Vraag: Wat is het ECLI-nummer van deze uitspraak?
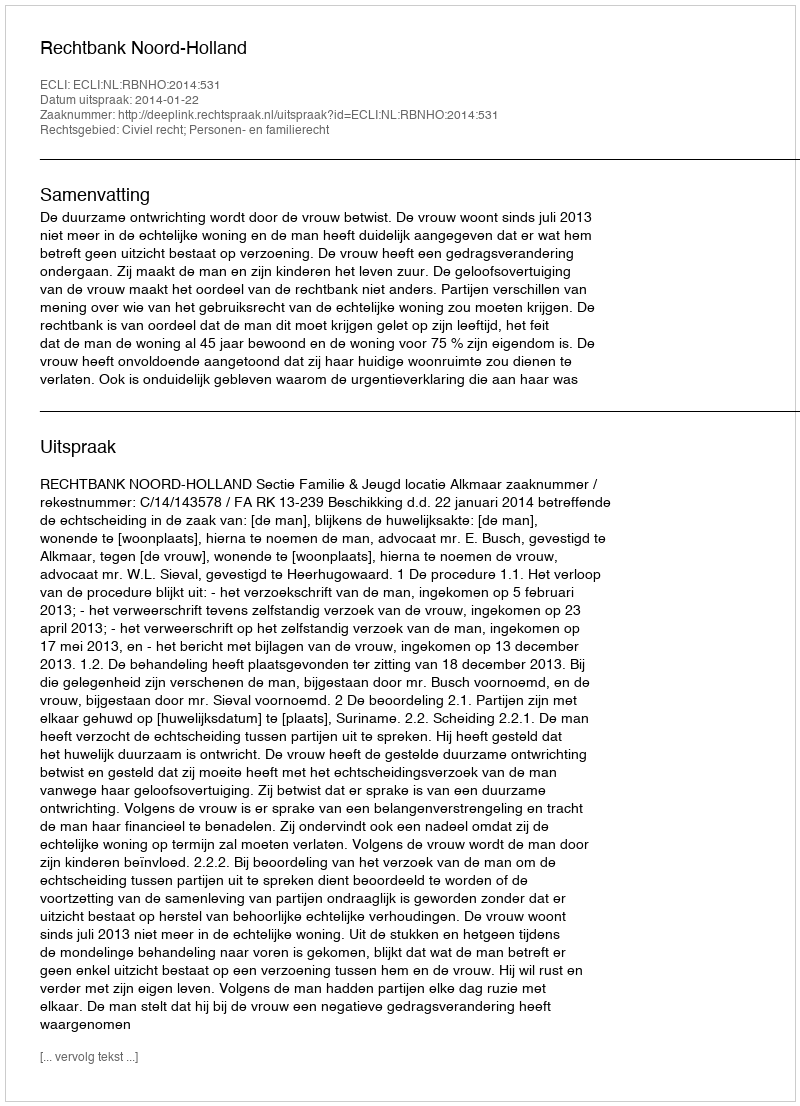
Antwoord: ECLI:NL:RBNHO:2014:531